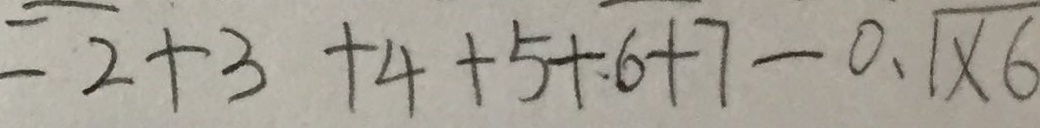
= 2 + 3 + 4 + 5 + 6 + 7 - 0 . 1 \times 6